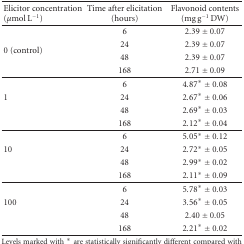
<table><thead><tr><td><b>Elicitor concentration (<i>μ</i>mol L<sup>−1</sup>)</b></td><td><b>Time after elicitation (hours)</b></td><td><b>Flavonoid contents (mg g<sup>−1</sup> DW)</b></td></tr></thead><tbody><tr><td></td><td>6</td><td>2.39 ± 0.07</td></tr><tr><td rowspan="2">0 (control)</td><td>24</td><td>2.39 ± 0.07</td></tr><tr><td>48</td><td>2.39 ± 0.07</td></tr><tr><td></td><td>168</td><td>2.71 ± 0.09</td></tr><tr><td></td><td>6</td><td>4.87* ± 0.08</td></tr><tr><td>1</td><td>24</td><td>2.67* ± 0.06</td></tr><tr><td></td><td>48</td><td>2.69* ± 0.03</td></tr><tr><td></td><td>168</td><td>2.12* ± 0.04</td></tr><tr><td></td><td>6</td><td>5.05* ± 0.12</td></tr><tr><td>10</td><td>24</td><td>2.72* ± 0.05</td></tr><tr><td></td><td>48</td><td>2.99* ± 0.02</td></tr><tr><td></td><td>168</td><td>2.11* ± 0.09</td></tr><tr><td></td><td>6</td><td>5.78* ± 0.03</td></tr><tr><td>100</td><td>24</td><td>3.56* ± 0.05</td></tr><tr><td></td><td>48</td><td>2.40 ± 0.05</td></tr><tr><td></td><td>168</td><td>2.21* ± 0.02</td></tr></tbody></table>